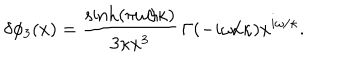
\delta \phi _ { 3 } ( x ) = \frac { \sinh ( \pi \omega / \kappa ) } { 3 \kappa x ^ { 3 } } \, \Gamma ( - i \omega / \kappa ) x ^ { i \omega / \kappa } .